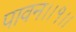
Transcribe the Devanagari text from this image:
पावन।।१।।